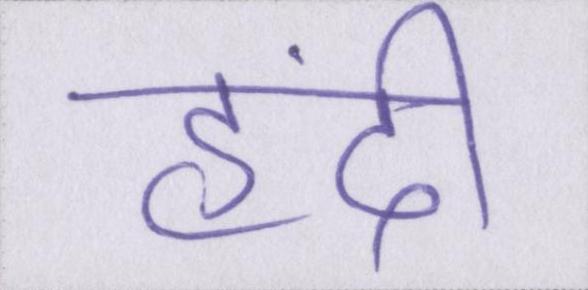
हिंदी